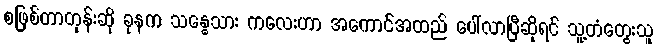
စဖြစ်တာတုန်းဆို ခုနက သန္ဓေသား ကလေးဟာ အကောင်အထည် ပေါ်လာပြီဆိုရင် သူ့တံတွေးသူ